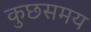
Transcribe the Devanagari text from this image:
कुछसमय